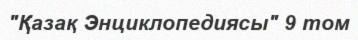
"Қазақ Энциклопедиясы" 9 том